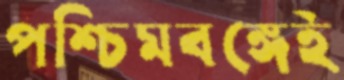
পশ্চিমবঙ্গেই